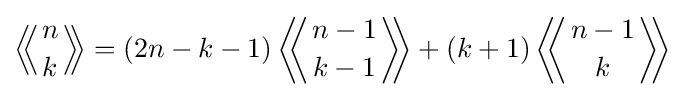
\left\langle \!\!\left\langle {n \atop k}\right\rangle \!\!\right\rangle =(2n-k-1)\left\langle \!\!\left\langle {n-1 \atop k-1}\right\rangle \!\!\right\rangle +(k+1)\left\langle \!\!\left\langle {n-1 \atop k}\right\rangle \!\!\right\rangle